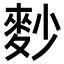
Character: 麨